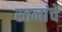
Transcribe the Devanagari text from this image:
स्तनांचे